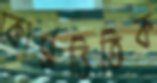
কোর্সভিত্তিক